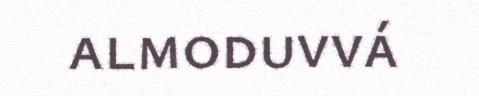
almoduvvá